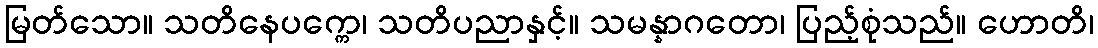
မြတ်သော။ သတိနေပက္ကေ၊ သတိပညာနှင့်။ သမန္နာဂတော၊ ပြည့်စုံသည်။ ဟောတိ၊